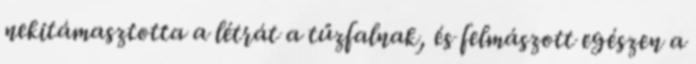
nekitámasztotta a létrát a tűzfalnak, és felmászott egészen a